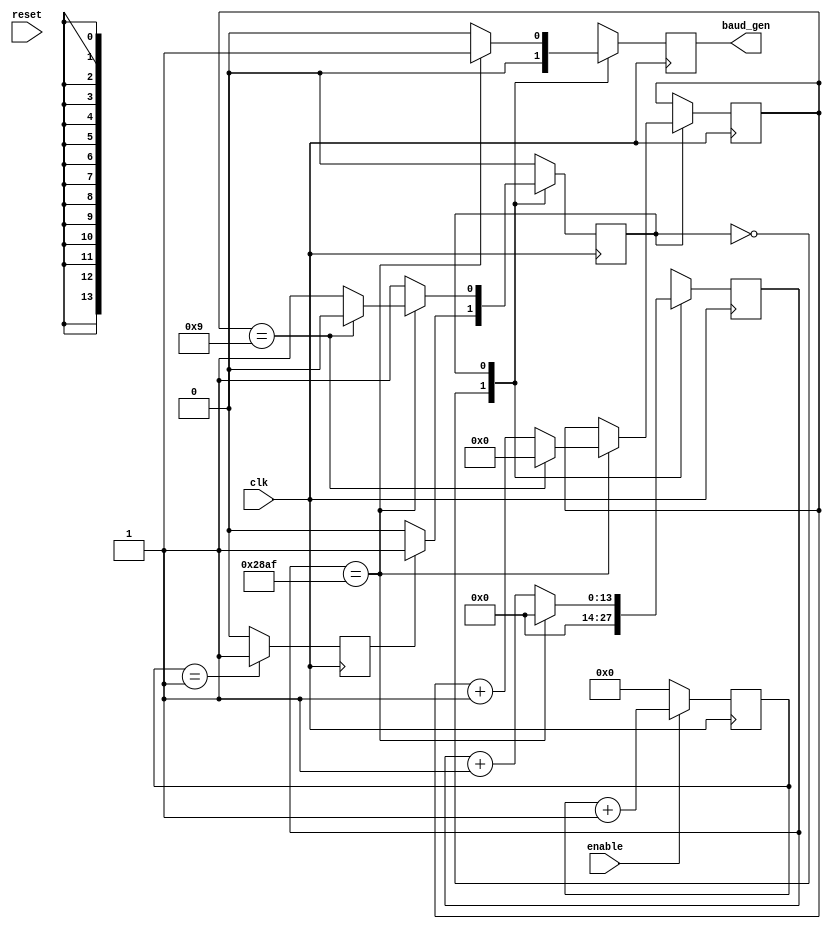
module baud_rate_gen(clk,reset,enable,baud_gen
    );
	 input clk , reset , enable ;
	 output baud_gen ;
	 
	 reg [13:0] count        = 14'b0;
	 reg        bg           = 1'b0;
	 reg [41:0] count_enable = 42'b0;
	 reg        trs_enable   = 1'b0;
	 reg        state        = 1'b0;
	 reg [3:0]  idx          = 4'b0;
	
	 parameter stop_counting  = 1'b0;
	 parameter start_counting = 1'b1;
	 
	 assign baud_gen = bg;
	 assign trs      = trs_enable;
	 
	 always @(posedge clk) begin
		if (reset) begin
			count_enable <= 42'b0;
			trs_enable   <= 1'b0;
			end
		if ( enable == 1'b0 )
			count_enable <= 42'b0;
		else if ( enable == 1'b1 )
			count_enable <= count_enable + 1'b1;
				if ( count_enable == 42'b000000000000000000000000000000000000000001 )//Moment de sondare
					trs_enable <= 1'b1;
				else
					trs_enable <= 1'b0;
	 end
	 
	 always @(posedge clk) begin
		if (reset) begin
			bg    <= 1'b0;
			count <= 14'b0;
			end
		case (state)
		stop_counting : begin
			count <= 14'b0;
			bg    <= 1'b0;
			if ( trs ) 
				state <= start_counting ;
			else
				state <= stop_counting ;
		end
		
		start_counting : begin
			if ( count == 14'b10100010101111 ) begin
					bg    <= 1'b1;
					count <= 14'b0;
						if ( idx == 4'b1001 ) begin
							state <= stop_counting;
							idx   <= 4'b0;
						end else
							idx   <= idx + 1'b1;
			end else begin
				count <= count + 1'b1 ;
				bg    <= 1'b0 ;
				end
		end
		
		default : state <= stop_counting ;
		endcase
		
	 end	
								
endmodule